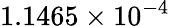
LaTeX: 1.1465\times 10^{-4}